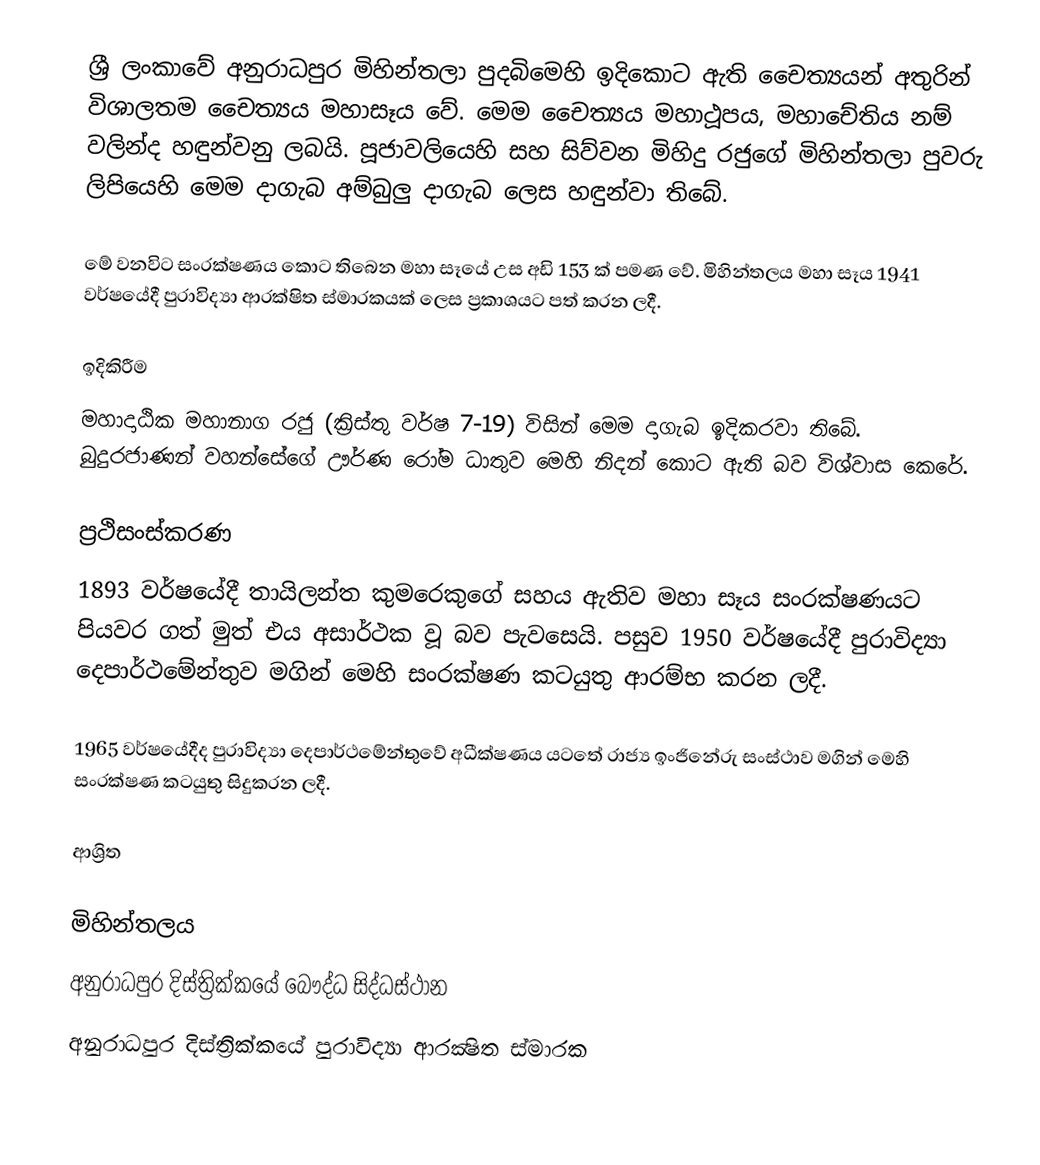
ශ්‍රී ලංකාවේ අනුරාධපුර මිහින්තලා පුදබිමෙහි ඉදිකොට ඇති චෙෙත්‍යයන් අතුරින් විශාලතම චෙෙත්‍යය මහාසෑය වේ. මෙම චෙෙත්‍යය මහාථූපය, මහාචේතිය නම් වලින්ද හඳුන්වනු ලබයි. පූජාවලියෙහි සහ සිව්වන මිහිදු රජුගේ මිහින්තලා පුවරු ලිපියෙහි මෙම දාගැබ අම්බුලු දාගැබ ලෙස හඳුන්වා තිබේ.

මේ වනවිට සංරක්ෂණය කොට තිබෙන මහා සෑයේ උස අඩි 153 ක් පමණ වේ. මිහින්තලය මහා සෑය 1941 වර්ෂයේදී පුරාවිද්‍යා ආරක්ෂිත ස්මාරකයක් ලෙස ප්‍රකාශයට පත් කරන ලදී.

ඉදිකිරීම
මහාදාඨික මහානාග රජු (ක්‍රිස්තු වර්ෂ 7-19) විසින් මෙම දාගැබ ඉදිකරවා තිබේ. බුදුරජාණන් වහන්සේගේ ඌර්ණ රෝම ධාතුව මෙහි නිදන් කොට ඇති බව විශ්වාස කෙරේ.

ප්‍රථිසංස්කරණ
1893 වර්ෂයේදී තායිලන්ත කුමරෙකුගේ සහය ඇතිව මහා සෑය සංරක්ෂණයට පියවර ගත් මුත් එය අසාර්ථක වූ බව පැවසෙයි. පසුව 1950 වර්ෂයේදී පුරාවිද්‍යා දෙපාර්ථමේන්තුව මගින් මෙහි සංරක්ෂණ කටයුතු ආරම්භ කරන ලදී.

1965 වර්ෂයේදීද පුරාවිද්‍යා දෙපාර්ථමේන්තුවේ අධීක්ෂණය යටතේ රාජ්‍ය ඉංජිනේරු සංස්ථාව මගින් මෙහි සංරක්ෂණ කටයුතු සිදුකරන ලදී.

ආශ්‍රිත

මිහින්තලය
අනුරාධපුර දිස්ත්‍රික්කයේ බෞද්ධ සිද්ධස්ථාන
අනුරාධපුර දිස්ත්‍රික්කයේ පුරාවිද්‍යා ආරක්‍ෂිත ස්මාරක